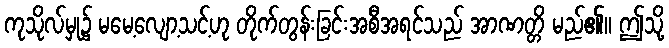
ကုသိုလ်မှု၌ မမေ့လျော့သင့်ဟု တိုက်တွန်းခြင်းအစီအရင်သည် အာဏတ္တိ မည်၏။ ဤသို့